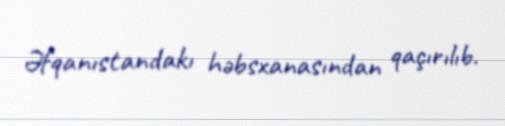
Əfqanıstandakı həbsxanasından qaçırılıb.